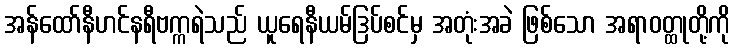
အန်ထော်နီဟင်နရီဗက္ကရဲသည် ယူရေနီယမ်ဒြပ်စင်မှ အတုံးအခဲ ဖြစ်သော အရာဝတ္ထုတို့ကို